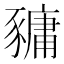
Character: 𧱿